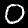
Label: 0